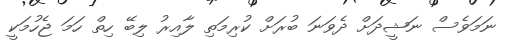
ނަމަވެސް ނަޝީދަށް ދެވަނަ ބުރަށް ކުރިމަތި ލާއިރު ލިބޭ ހިތް ހަމަ ޖެހުމަކީ